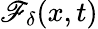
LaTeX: \mathscr{F}_{\delta}(x,t)